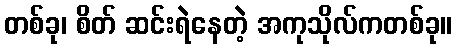
တစ်ခု၊ စိတ် ဆင်းရဲနေတဲ့ အကုသိုလ်ကတစ်ခု။